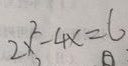
2 x ^ { 2 } - 4 x = 6